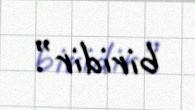
biridir”.